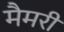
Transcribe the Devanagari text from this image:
मैमरी